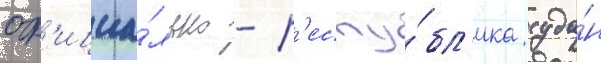
оф'ициа́льно - р'еспу́бл'ика суда́н